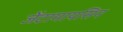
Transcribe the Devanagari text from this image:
जेंटामायसिन